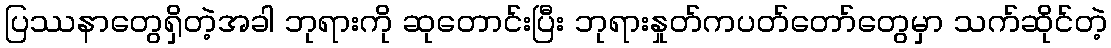
ပြဿနာတွေရှိတဲ့အခါ ဘုရားကို ဆုတောင်းပြီး ဘုရားနှုတ်ကပတ်တော်တွေမှာ သက်ဆိုင်တဲ့